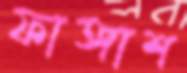
ফাঙ্গাশ